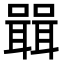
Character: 𭋷